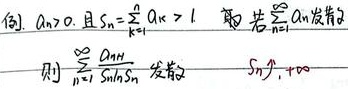
例. \(a_n>0\)，且 \(S_n=\sum_{k = 1}^{n}a_k>1\)。即若\(\sum_{n = 1}^{\infty}a_n\)发散，则\(\sum_{n = 1}^{\infty}\frac{a_n}{S_nS_{n + 1}}\)发散，\(S_n\uparrow+\infty\)